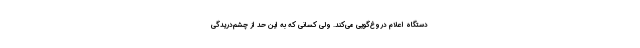
دستگاه اعلام دروغ‌گویی می‌کند. ولی کسانی که به این حد از چشم‌دریدگی